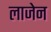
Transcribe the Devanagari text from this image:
लाजेन